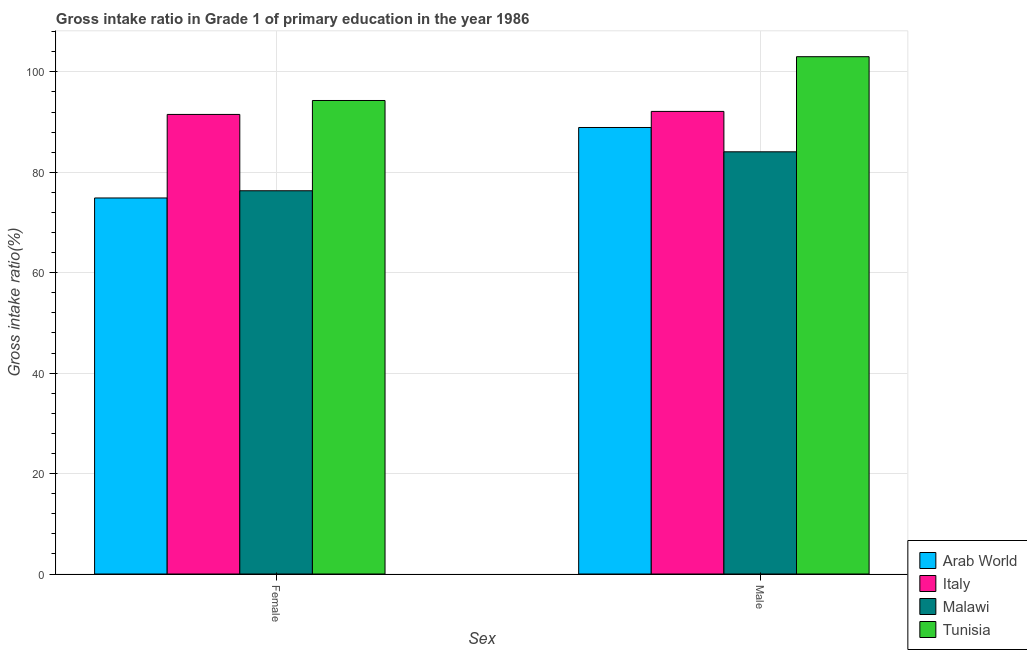
| Sex | Arab World | Italy | Malawi | Tunisia |
 | --- | --- | --- | --- | --- |
 | Female | 74.9 | 91.5 | 76.3 | 94.3 |
 | Male | 88.9 | 92.1 | 84.1 | 103 |